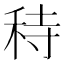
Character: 秲